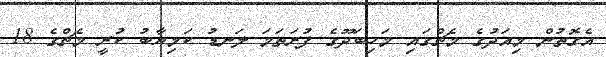
އެގޮތުން މިއަދުގެ މެޗްގައި މަހިބަދޫގެ ފުރަތަމަ ލަނޑު ކަމިޔާބު ކުރީ މެޗްގެ 18